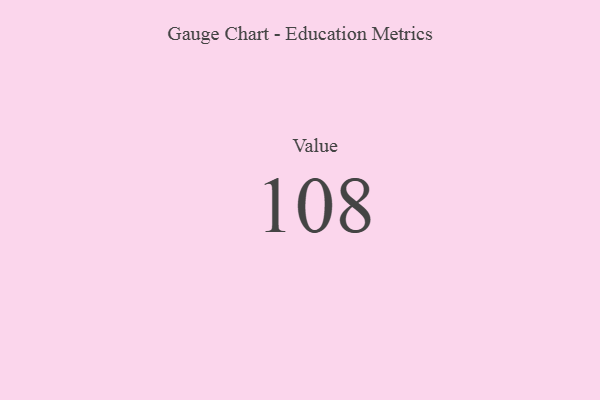
{"axis": {"x": "Metric", "y": "Value"}, "legend": [""], "data": [{"x": "Value", "y": 108, "type": ""}]}